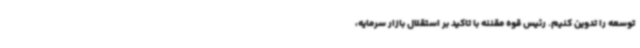
توسعه را تدوین کنیم. رئیس قوه مقننه با تاکید بر استقلال بازار سرمایه،